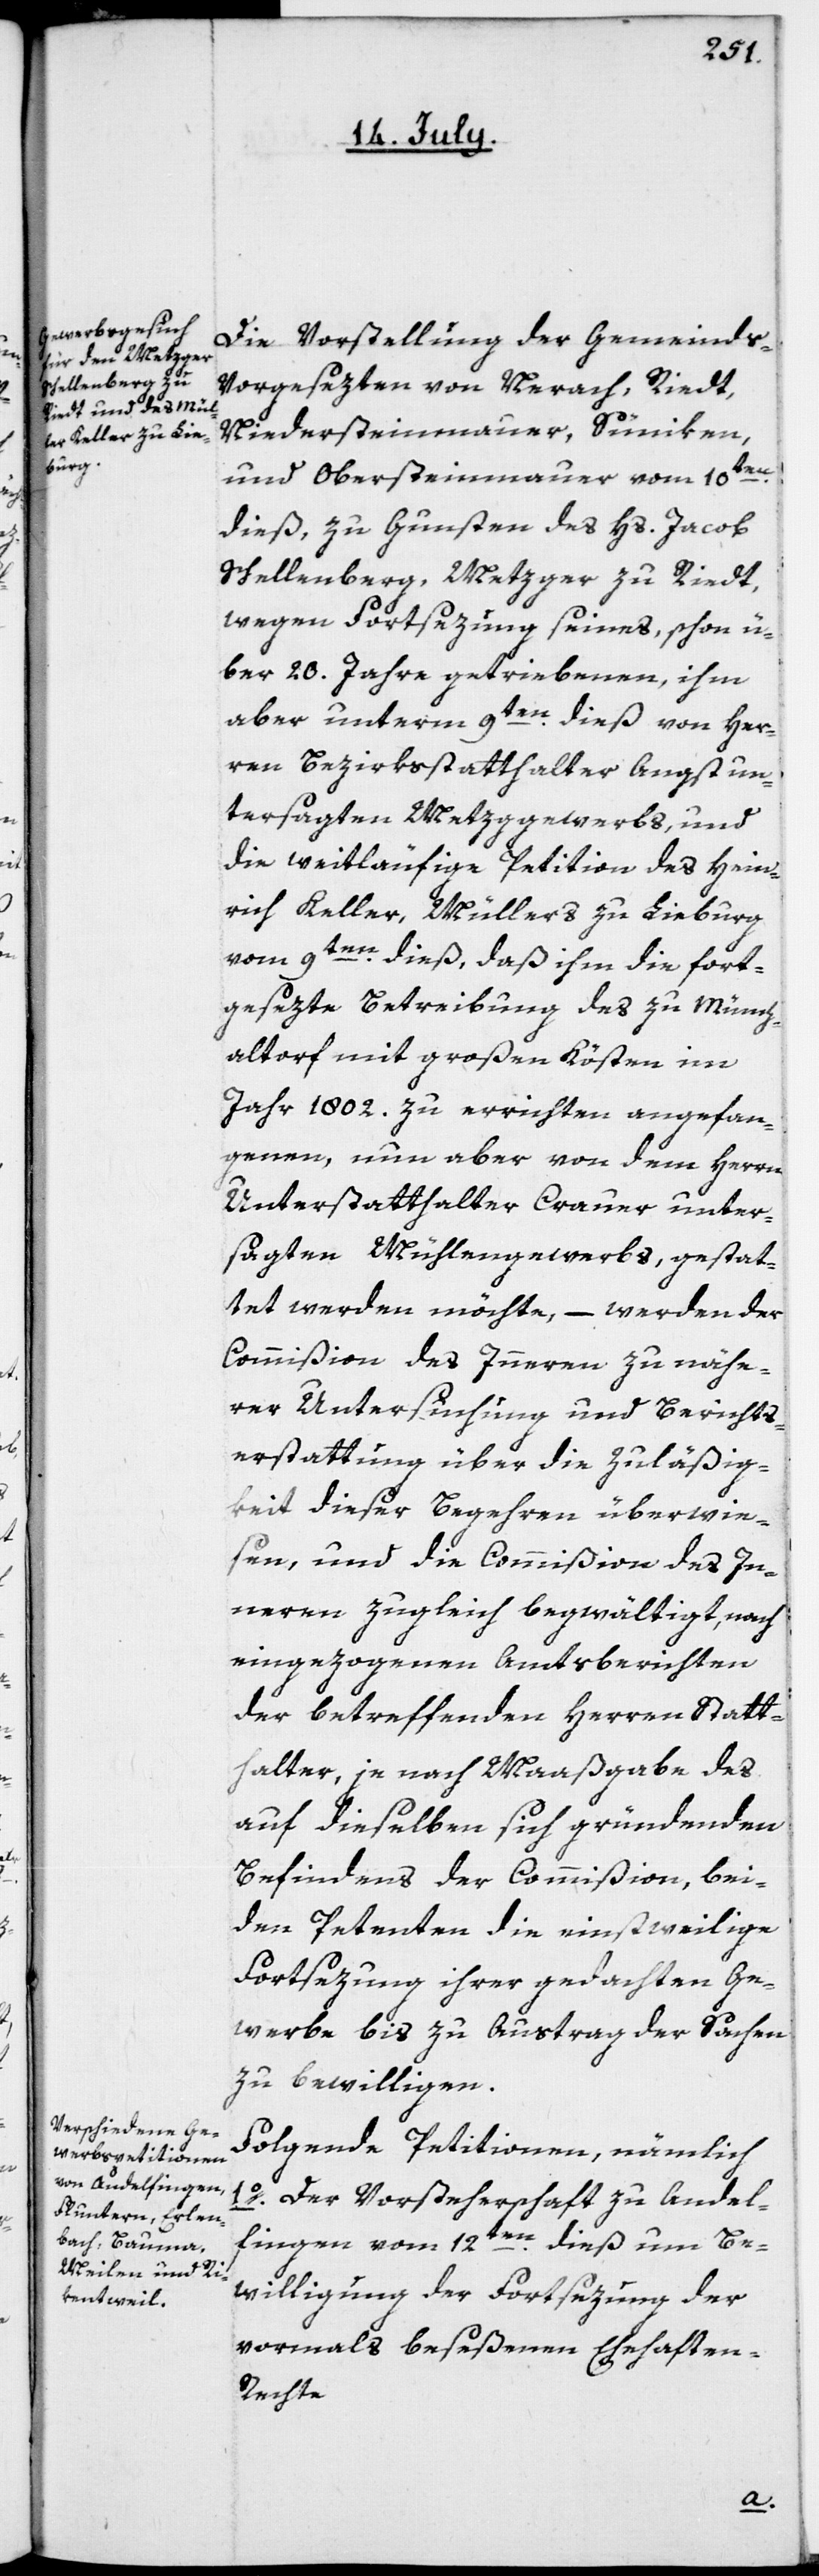
Die Vorstellung der Gemeinds-V¬
orgesezten von Neerach, Riedt,
Niedersteinmaur, Süniken
und Obersteinmaur vom 10ten
dieß, zu Gunsten des Hs. Jacob
Schellenberg, Metzger zu Riedt,
wegen Fortsezung seines, schon ü¬
ber 20. Jahre getriebenen, ihm
aber unterm 9ten dieß von Her¬
ren Bezirksstatthalter Angst un¬
tersagten Metzggewerbs, und
die weitläufige Petition des Hein¬
rich Keller, Müllers zu Lieburg
vom 9ten dieß, daß ihm die fort¬
gesezte Betreibung des zu Münch¬
altorf mit großen Kösten im
Jahr 1802. zu errichten angefan¬
genen, nun aber von dem Herrn
Unterstatthalter Crauer unter¬
sagten Mühlengewerbs, gestat¬
tet werden möchte, – werden der
Commißion des Innern zu nähe¬
rer Untersuchung und Berichts¬
erstattung über die Zuläßig¬
keit dieser Begehren überwie¬
sen, und die Commißion des In¬
nern zugleich begwältigt, nach
eingezogenen Amtsberichten
der betreffenden Herren Statt¬
halter, je nach Maaßgabe des
auf dieselben sich gründenden
Befindens der Commißion, bei¬
den Petenten die einstweilige
Fortsezung ihrer gedachten Ge¬
werbe bis zu Austrag der Sachen
zu bewilligen.
Folgende Petitionen, nämlich
1o. Der Vorsteherschaft zu Andel¬
fingen vom 12ten dieß um Be¬
willigung der Fortsezung der
vormals beseßenen Ehehafte¬
n-Rechte